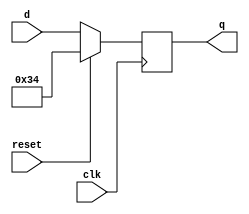
module top_module (
    input clk,
    input reset,
    input [7:0] d,
    output [7:0] q
);

    always@(negedge clk)
        q <= reset ? 6'h0x34 : d;
endmodule